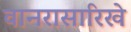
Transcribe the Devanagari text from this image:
वानरासारिखे